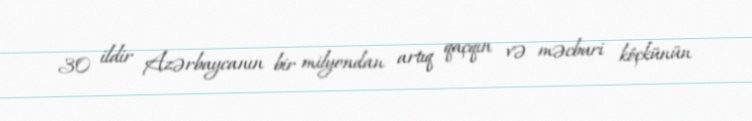
30 ildir Azərbaycanın bir milyondan artıq qaçqın və məcburi köçkünün